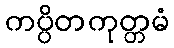
ကပ္ပိတကုတ္တမံ